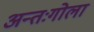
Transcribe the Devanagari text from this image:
अन्तःगोला